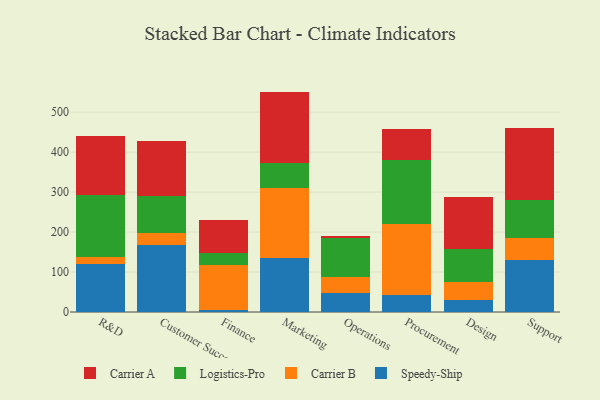
{"axis": {"x": "Department", "y": "Page Views"}, "legend": ["Carrier A", "Carrier B", "Logistics-Pro", "Speedy-Ship"], "data": [{"x": "R&D", "y": 121.1, "type": "Speedy-Ship"}, {"x": "R&D", "y": 16.8, "type": "Carrier B"}, {"x": "R&D", "y": 154.2, "type": "Logistics-Pro"}, {"x": "R&D", "y": 147.3, "type": "Carrier A"}, {"x": "Customer Success", "y": 167.1, "type": "Speedy-Ship"}, {"x": "Customer Success", "y": 30.9, "type": "Carrier B"}, {"x": "Customer Success", "y": 92.3, "type": "Logistics-Pro"}, {"x": "Customer Success", "y": 138.2, "type": "Carrier A"}, {"x": "Finance", "y": 5.1, "type": "Speedy-Ship"}, {"x": "Finance", "y": 113.6, "type": "Carrier B"}, {"x": "Finance", "y": 27.8, "type": "Logistics-Pro"}, {"x": "Finance", "y": 82.7, "type": "Carrier A"}, {"x": "Marketing", "y": 135.8, "type": "Speedy-Ship"}, {"x": "Marketing", "y": 175.6, "type": "Carrier B"}, {"x": "Marketing", "y": 61.1, "type": "Logistics-Pro"}, {"x": "Marketing", "y": 179.0, "type": "Carrier A"}, {"x": "Operations", "y": 46.4, "type": "Speedy-Ship"}, {"x": "Operations", "y": 40.4, "type": "Carrier B"}, {"x": "Operations", "y": 97.3, "type": "Logistics-Pro"}, {"x": "Operations", "y": 5.7, "type": "Carrier A"}, {"x": "Procurement", "y": 43.6, "type": "Speedy-Ship"}, {"x": "Procurement", "y": 177.8, "type": "Carrier B"}, {"x": "Procurement", "y": 159.9, "type": "Logistics-Pro"}, {"x": "Procurement", "y": 77.6, "type": "Carrier A"}, {"x": "Design", "y": 29.7, "type": "Speedy-Ship"}, {"x": "Design", "y": 44.8, "type": "Carrier B"}, {"x": "Design", "y": 84.4, "type": "Logistics-Pro"}, {"x": "Design", "y": 127.8, "type": "Carrier A"}, {"x": "Support", "y": 128.9, "type": "Speedy-Ship"}, {"x": "Support", "y": 55.5, "type": "Carrier B"}, {"x": "Support", "y": 96.9, "type": "Logistics-Pro"}, {"x": "Support", "y": 179.4, "type": "Carrier A"}]}